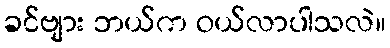
ခင်ဗျား ဘယ်က ဝယ်လာပါသလဲ။